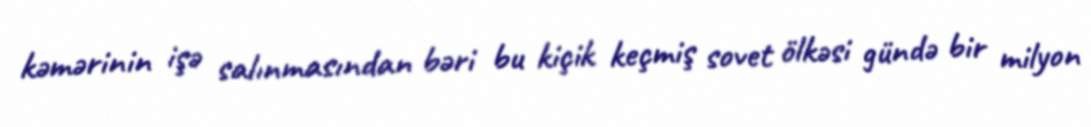
kəmərinin işə salınmasından bəri bu kiçik keçmiş sovet ölkəsi gündə bir milyon